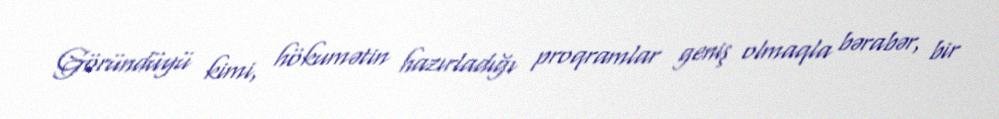
Göründüyü kimi, hökumətin hazırladığı proqramlar geniş olmaqla bərabər, bir